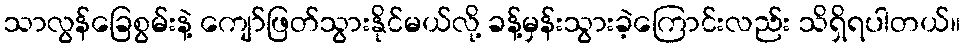
သာလွန်ခြေစွမ်းနဲ့ ကျော်ဖြတ်သွားနိုင်မယ်လို့ ခန့်မှန်းသွားခဲ့ကြောင်းလည်း သိရှိရပါတယ်။